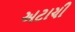
અટાચી